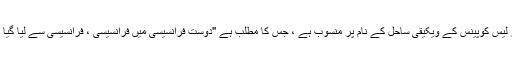
ایکس این ایم ایم ایکس ، جو ہوائی اور لیس کوپینس کے ویکیقی ساحل کے نام پر منسوب ہے ، جس کا مطلب ہے "دوست فرانسیسی میں فرانسیسی ، فرانسیسی سے لیا گیا تھا اور وہ ایک ترک برانڈ بن گیا تھا۔